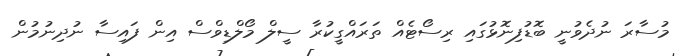
މުސާރަ ނުދެވުނީ ބޮޑުފިނޮޅުގައި ރިސޯޓެއް ތަރައްގީކުރާ ސީލް މޯލްޑިވްސް އިން ފައިސާ ނުދިނުމުން